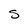
Character: S